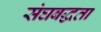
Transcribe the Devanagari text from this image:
संघबद्धता